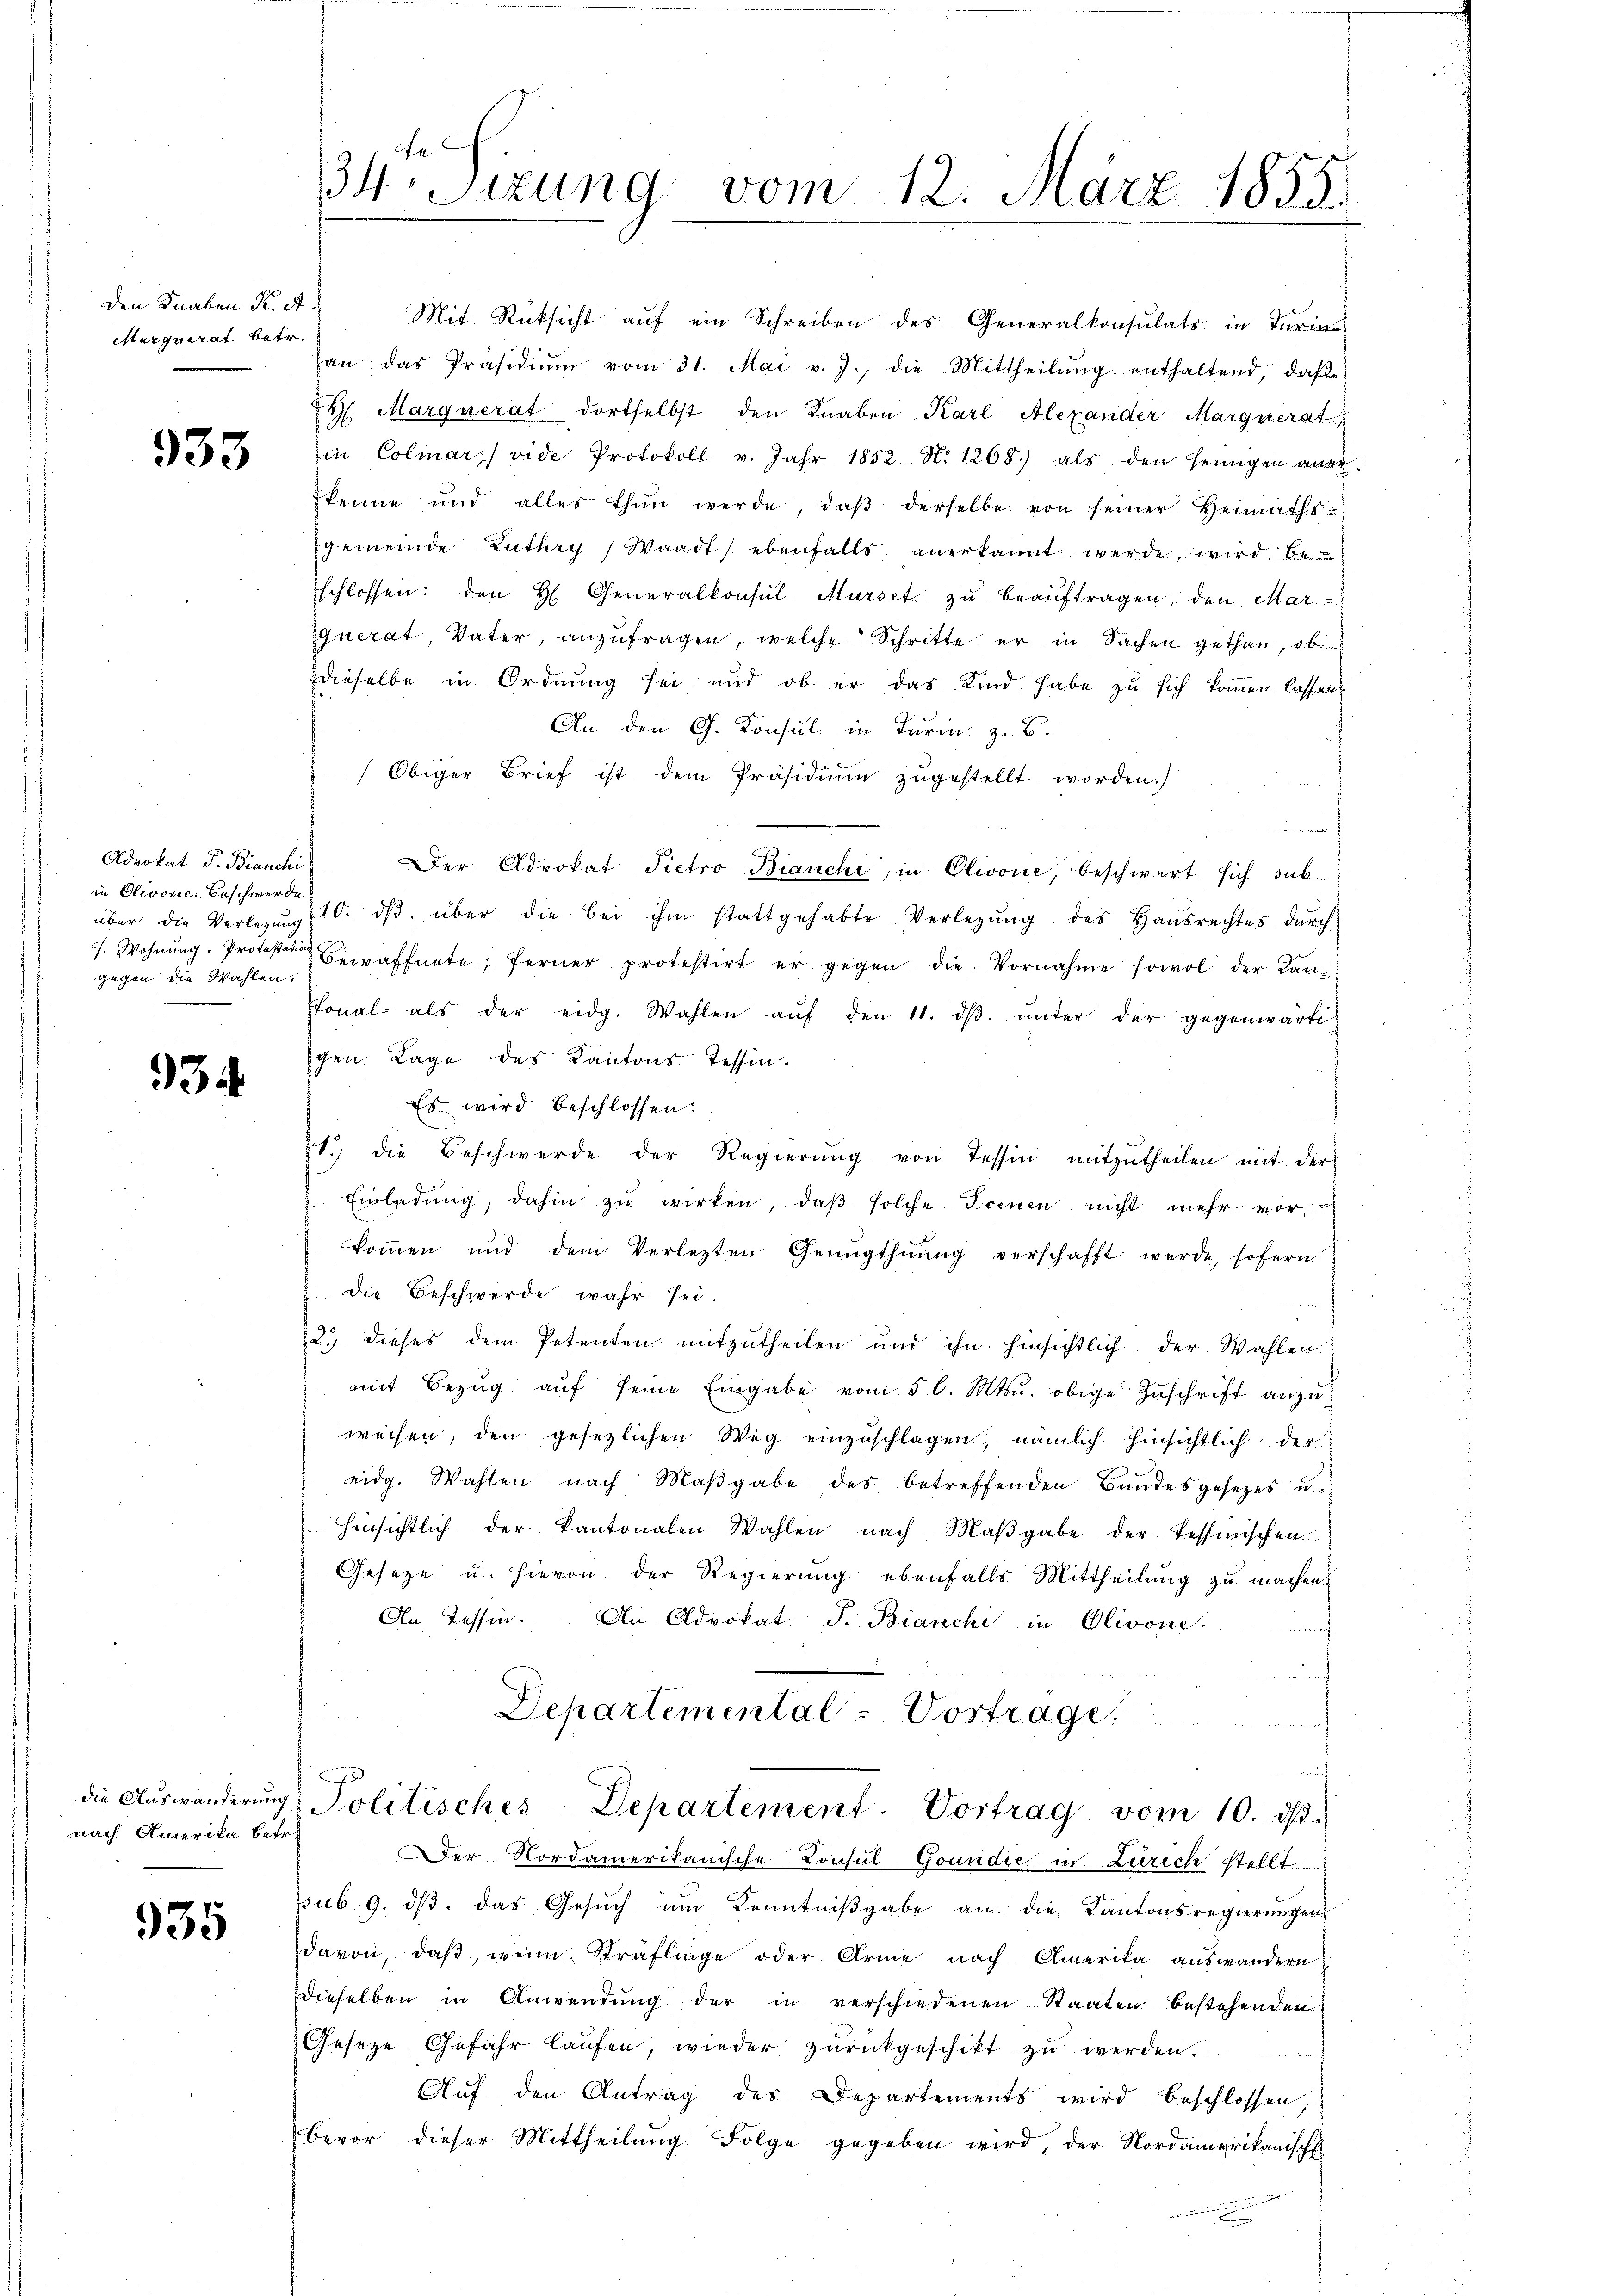
Den Knaben K. A.
Marquerat betr.

933

Advokat P. Bianchi
in Olivone. Beschwerde
gegen die Wahlen.

934.

die Auswanderung
nach Amerika betre

935

.
34. Sitzung vom 12. März 1855.

Mit Rücksicht auf ein Schreiben des Generalkonsulats in Turin
an das Präsidiŭm vom 31. Mai v. J., die Mittheilŭng enthaltend, daβ
H. Marquerat dortselbst den Knaben Karl Alexander Marguerat
Ein Colmar vide Protokoll v. Jahr 1852 No 1268), als den seinigen anerkenne und alles thun werde, daβ derselbe von seiner Heimaths
gemeinde Zuthy, Waadt) ebenfalls anerkannt werde, wird be
schlossen: den H Generalkonsul Murse zŭ beaŭftragen, den Mar
querat, Vater, anzŭfragen, welche Schritte er in Sachen gethan, ob
dieselbe in Ordnung sei und ob er das Kind habe zu sich kommen lassen
An den Ch. Konsul in Turin z. B.
Obiger Brief ist dem Präsidiŭm zŭgestellt worden.)
Der Advokat Pietro Bianchi, in Olivone, beschwert sich sub
über die Verlegŭng 10. dβ über die bei ihm stattgehabte Verlegŭng des Haŭsrechtes dŭrch
s. Wohnung. Protes bewaffnete, ferner protestirt er gegen die Vornahme sowol der Kantonal- als der eidg. Wahlen aŭf den 11. dβ ŭnter der gegenwärti
schen Lage des Kantons Tessin.
Es wird beschlossen:
1.) die Beschwerde der Regierŭng von Tessin mitzŭtheilen mit der
Einladung, dahin zu wirken, daß solche Scenen nicht mehr vor,
koṁen und dem Verletzten Genügthŭŭng verschafft werde, sofern
Die Beschwerde wahr sei.

2.) dieses dem Petenten mitzutheilen und ihn hinsichtlich der Wahlen
mit Bezŭg aŭf seine Eingabe vom 5 l. Mts. obige Zŭschrift anzuweisen, den gesezlichen Weg einzŭschlagen, nämlich hinsichtlich der
eidg. Wahlen nach Maβgabe des betreffenden Bŭndesgesetzes u.
hinsichtlich der Kantonalen Wahlen nach Maβgabe der Tessinischen
Gesetze u. hievon der Regierung ebenfalls Mittheilung zu machen.
An Tessin. An Advokat P. Bianchi in Olivone.
Departemental-Vortrage.
Politisches Departement. Vortrag vom 10. ds.
Der Nordamerikanische Consul Goundie in Zürich stellt
ssub. 9. dβ das Gesŭch ŭm Kenntniβgabe an die Kantonsregierŭngen
davon, daβ wenn Sträflinge oder Arme nach Amerika auswandern
Dieselben in Anwendŭng der in verschiedenen Staaten bestehenden
Gesetze Gefahr laufen, wieder zurückgeschikt zu werden.
Auf den Antrag des Departements wird beschlossen,
bevor dieser Mittheilŭng Folge gegeben wird, der Nordamerikanische